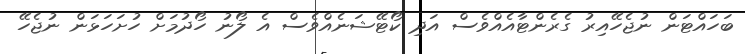
ބަހައްޓަން ނުޖެހޭއިރު ގެރެންޓާއެއްވެސް އަދި ކޯޓޭޝަނެއްވެސް އެ ލޯނު ހޯދުމަށް ހުށަހަޅަން ނުޖެހޭ